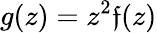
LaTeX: g(z)=z^{2}\mathfrak{f}(z)